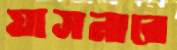
যাসনারে